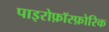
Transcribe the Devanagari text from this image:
पाइरोफ़ॉस्फ़ोरिक